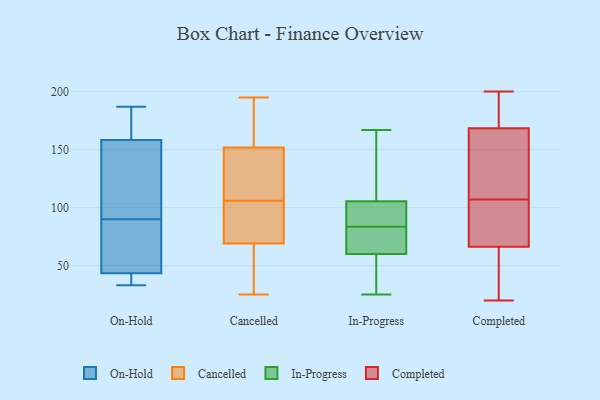
{"axis": {"x": "Market Share (%)", "y": "Value"}, "legend": ["Cancelled", "Completed", "In-Progress", "On-Hold"], "data": [{"x": "", "y": 40, "type": "On-Hold"}, {"x": "", "y": 90, "type": "On-Hold"}, {"x": "", "y": 33, "type": "On-Hold"}, {"x": "", "y": 77, "type": "On-Hold"}, {"x": "", "y": 162, "type": "On-Hold"}, {"x": "", "y": 166, "type": "On-Hold"}, {"x": "", "y": 187, "type": "On-Hold"}, {"x": "", "y": 147, "type": "On-Hold"}, {"x": "", "y": 126, "type": "On-Hold"}, {"x": "", "y": 34, "type": "On-Hold"}, {"x": "", "y": 54, "type": "On-Hold"}, {"x": "", "y": 63, "type": "Cancelled"}, {"x": "", "y": 92, "type": "Cancelled"}, {"x": "", "y": 125, "type": "Cancelled"}, {"x": "", "y": 25, "type": "Cancelled"}, {"x": "", "y": 159, "type": "Cancelled"}, {"x": "", "y": 151, "type": "Cancelled"}, {"x": "", "y": 132, "type": "Cancelled"}, {"x": "", "y": 75, "type": "Cancelled"}, {"x": "", "y": 106, "type": "Cancelled"}, {"x": "", "y": 64, "type": "Cancelled"}, {"x": "", "y": 67, "type": "Cancelled"}, {"x": "", "y": 152, "type": "Cancelled"}, {"x": "", "y": 92, "type": "Cancelled"}, {"x": "", "y": 103, "type": "Cancelled"}, {"x": "", "y": 176, "type": "Cancelled"}, {"x": "", "y": 58, "type": "Cancelled"}, {"x": "", "y": 195, "type": "Cancelled"}, {"x": "", "y": 178, "type": "Cancelled"}, {"x": "", "y": 115, "type": "Cancelled"}, {"x": "", "y": 61, "type": "In-Progress"}, {"x": "", "y": 25, "type": "In-Progress"}, {"x": "", "y": 167, "type": "In-Progress"}, {"x": "", "y": 59, "type": "In-Progress"}, {"x": "", "y": 81, "type": "In-Progress"}, {"x": "", "y": 83, "type": "In-Progress"}, {"x": "", "y": 97, "type": "In-Progress"}, {"x": "", "y": 114, "type": "In-Progress"}, {"x": "", "y": 158, "type": "In-Progress"}, {"x": "", "y": 97, "type": "In-Progress"}, {"x": "", "y": 84, "type": "In-Progress"}, {"x": "", "y": 31, "type": "In-Progress"}, {"x": "", "y": 33, "type": "Completed"}, {"x": "", "y": 53, "type": "Completed"}, {"x": "", "y": 107, "type": "Completed"}, {"x": "", "y": 108, "type": "Completed"}, {"x": "", "y": 20, "type": "Completed"}, {"x": "", "y": 66, "type": "Completed"}, {"x": "", "y": 67, "type": "Completed"}, {"x": "", "y": 115, "type": "Completed"}, {"x": "", "y": 186, "type": "Completed"}, {"x": "", "y": 164, "type": "Completed"}, {"x": "", "y": 70, "type": "Completed"}, {"x": "", "y": 101, "type": "Completed"}, {"x": "", "y": 62, "type": "Completed"}, {"x": "", "y": 78, "type": "Completed"}, {"x": "", "y": 155, "type": "Completed"}, {"x": "", "y": 170, "type": "Completed"}, {"x": "", "y": 200, "type": "Completed"}, {"x": "", "y": 197, "type": "Completed"}, {"x": "", "y": 191, "type": "Completed"}]}